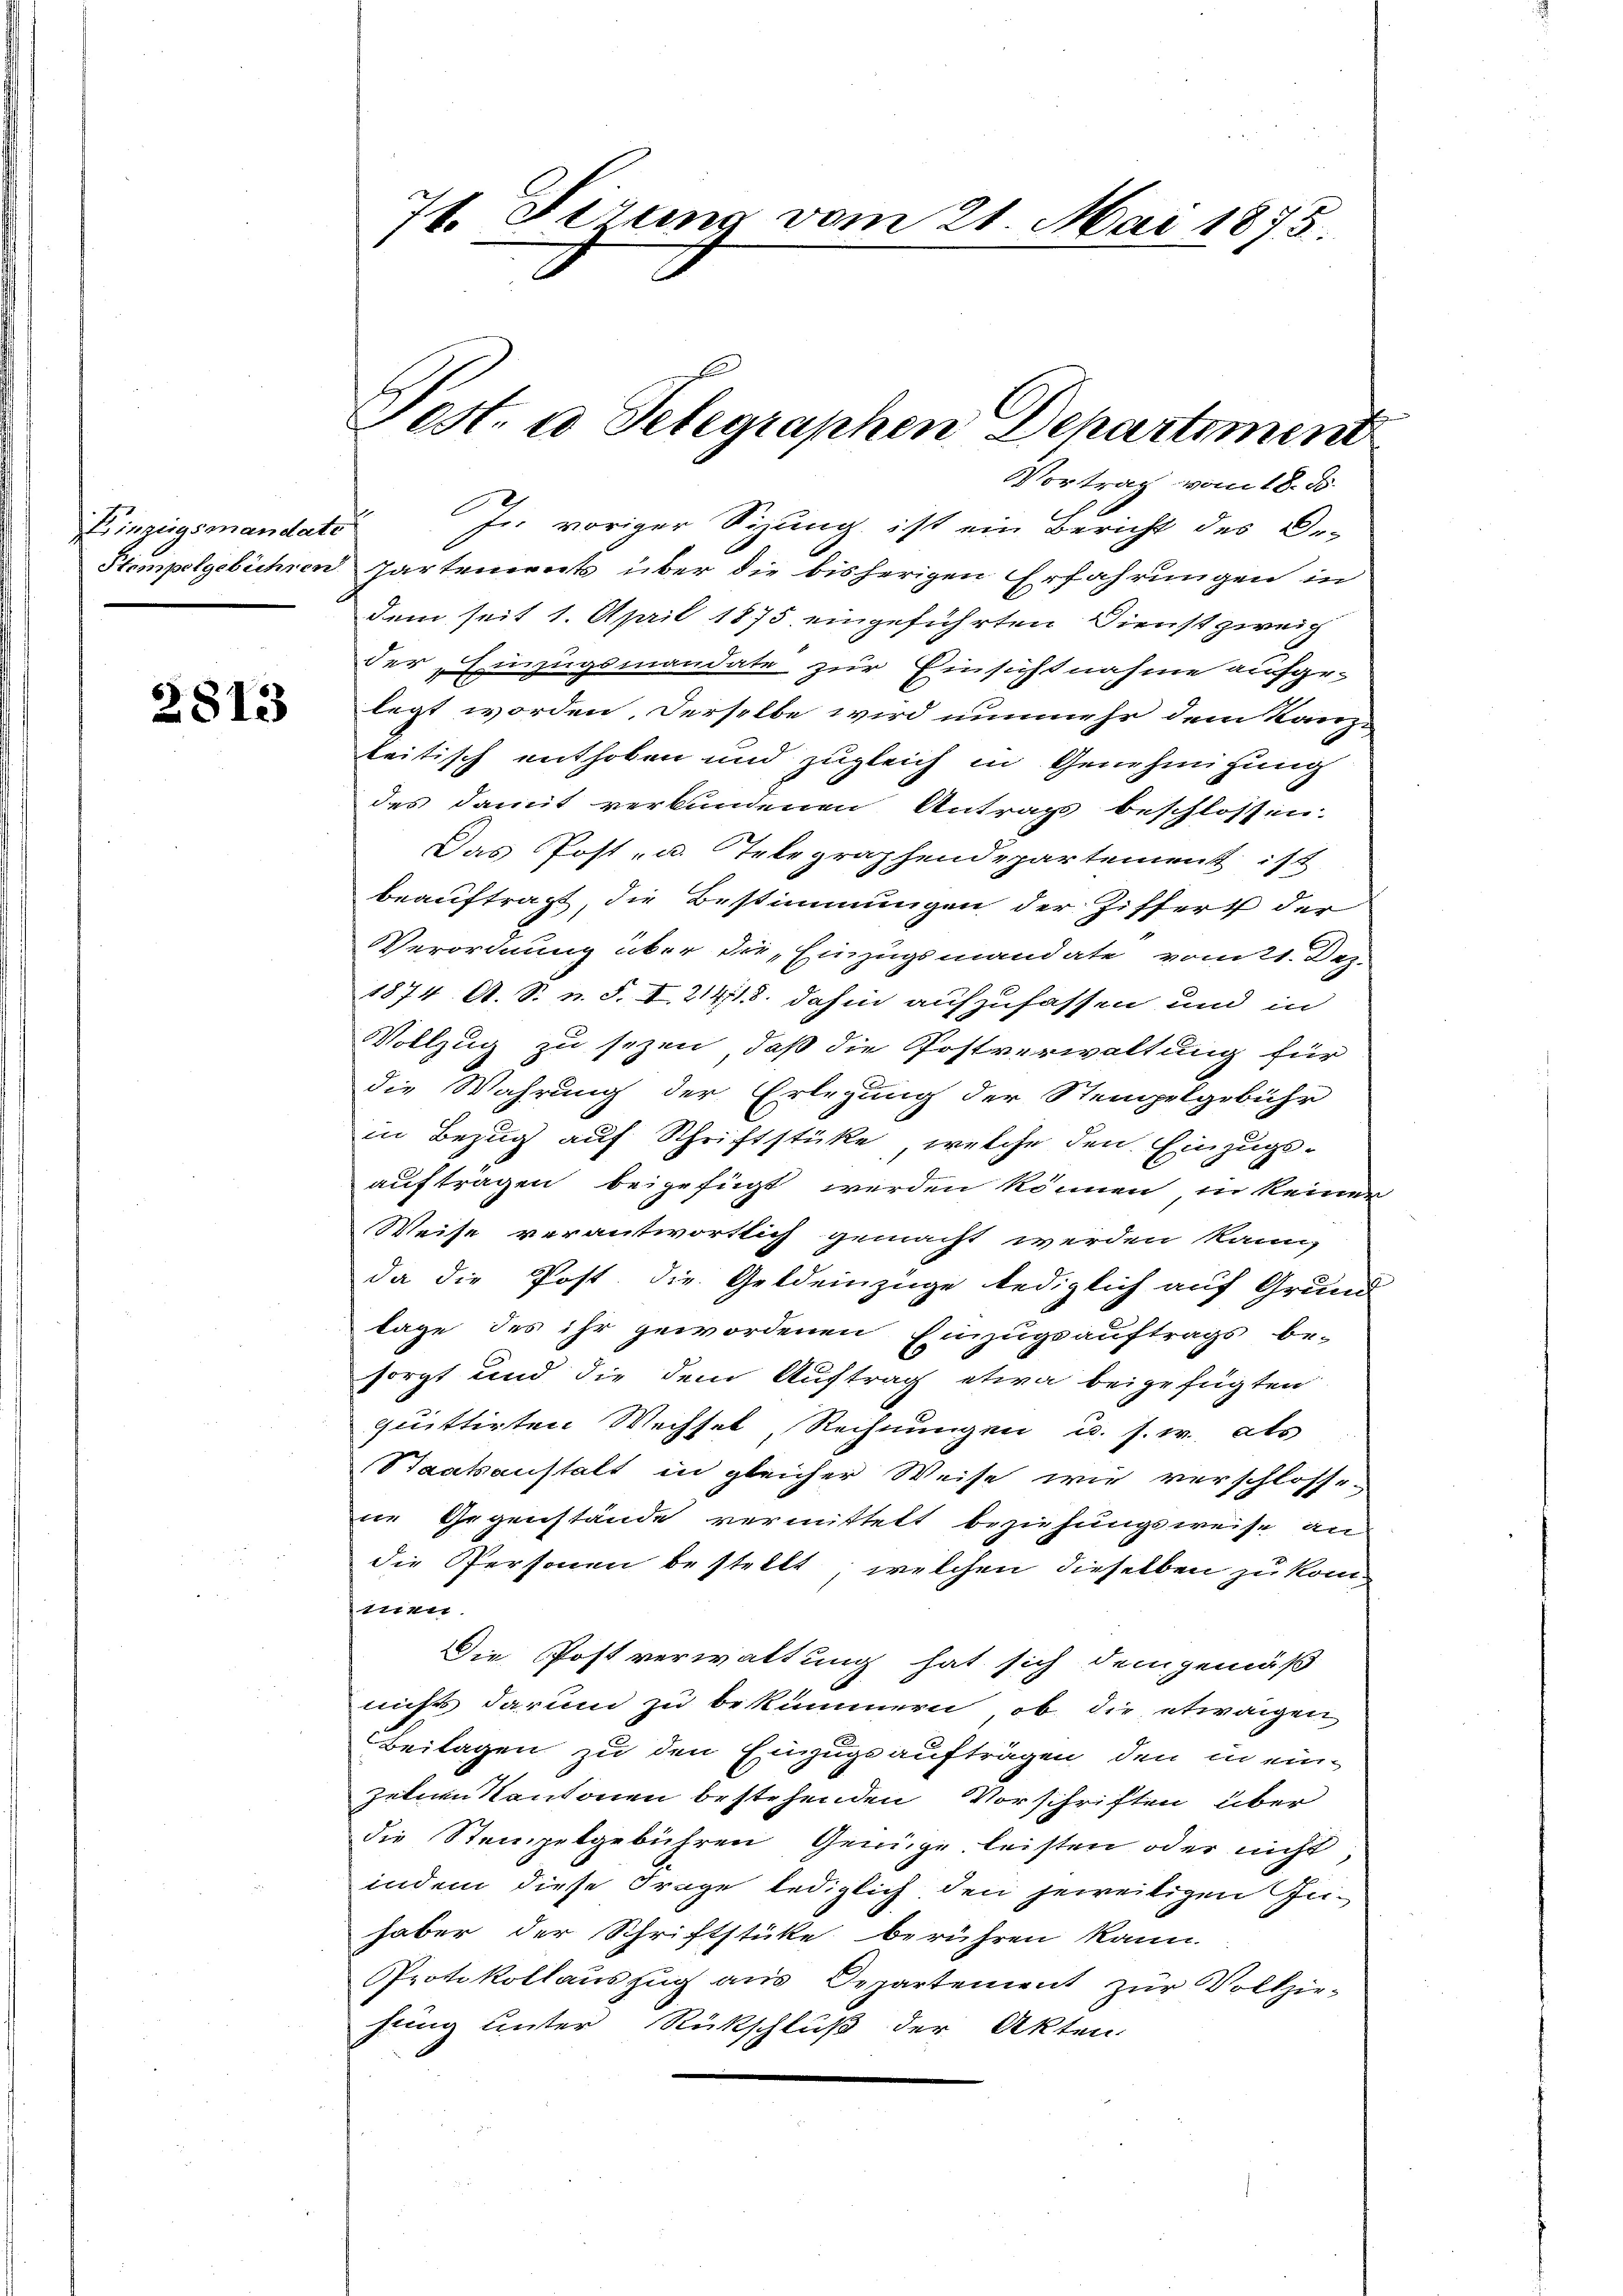
Einzeigsonandate

2813

71. Firung vom 21. Mai 1875.

Pest. a Telegraphen Departement

Vortrag vom 18. ds.

Js. voriger Sizung ist ein Bericht des De-
Stempelgebühren Zartement über die bisherigen Erfahrungen in
dem seit 1. April 1875 eingeführten Dienst zweich
der, Einzugsmandate zur Einsichtnahme aufge-
legt worden, derselbe wird nunmehr dem Kanz-
leitisch enthoben und zugleich in Genehmigung
des damit verbundenen Antrags beschlossen.
Das Post- u. Telegraphendepartement ist
beauftragt, die Bestimmungen der Ziffert der
Verordnung über die Einzugsmandate vom 21. Dez.
1874 A. S. n. F. I 21413. dahin aufzufassen und in
Vollzug zu sezen, daß die Postverwaltung für
die Wahrung der Erlegung der Stempelgebühr
in Bezug auf Schriftstücke, welche den Einzugsaufträgen beigefügt werden können in keiner
Weise verantwortlich gemacht werden kann,
da die Post, die Geldeinzüge lediglich auf Grund
lage des ihr gewordenen Einzugsauftrags be-
sorgt und die dem Auftrag etwa beigefügten
quittirten Wechsel, Rechnungen u. s. w. als
Staatsanstalt in gleicher Weise wie verschlossedie Gegenstände vermittelt beziehungsweise an
die Personen bestellt, welchen dieselben zu kom¬
111111.
Die Postverwaltung hat sich demgemäß
nicht darum zu bekümmern, ob die etwaigen
Beilagen zu den Einzugs aufträgen den in einzelnen Kantonen bestehenden Vorschriften über
die Stempelgebühren Genüge leisten oder nicht,
indem diese Frage lediglich den jeweiligen Zuhaber der Schriftstücke berühren kann.
Protokollauszug aus Departement zur Vollziehung unter Rückschluß der Akten.